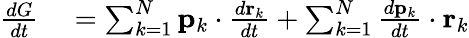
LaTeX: \begin{array}{rl}{{\frac{dG}{dt}}}&{{}=\sum_{k=1}^{N}\mathbf{p}_{k}\cdot{\frac{d\mathbf{r}_{k}}{dt}}+\sum_{k=1}^{N}{\frac{d\mathbf{p}_{k}}{dt}}\cdot\mathbf{r}_{k}}\end{array}